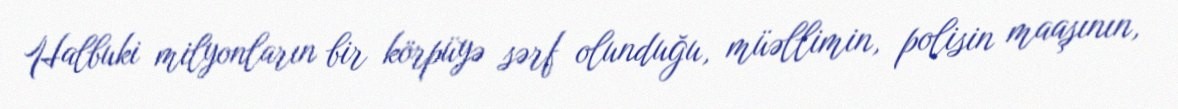
Halbuki milyonların bir körpüyə sərf olunduğu, müəllimin, polisin maaşının,